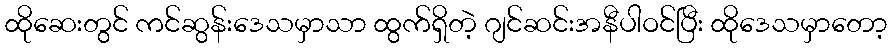
ထိုဆေးတွင် ကင်ဆွန်းဒေသမှာသာ ထွက်ရှိတဲ့ ဂျင်ဆင်းအနီပါဝင်ပြီး ထိုဒေသမှာတော့